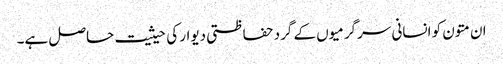
ان متون کو انسانی سرگرمیوں کے گرد حفاظتی دیوار کی حیثیت حاصل ہے۔